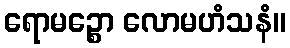
ရောမဉ္စော လောမဟံသနံ။